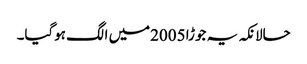
حالانکہ یہ جوڑا 2005میں الگ ہوگیا۔